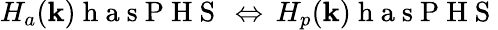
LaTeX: H_{a}(\textbf{k})\mathrm{~h~a~s~P~H~S~}\, \Leftrightarrow\, H_{p}(\textbf{k})\mathrm{~h~a~s~P~H~S~}